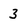
Character: 3